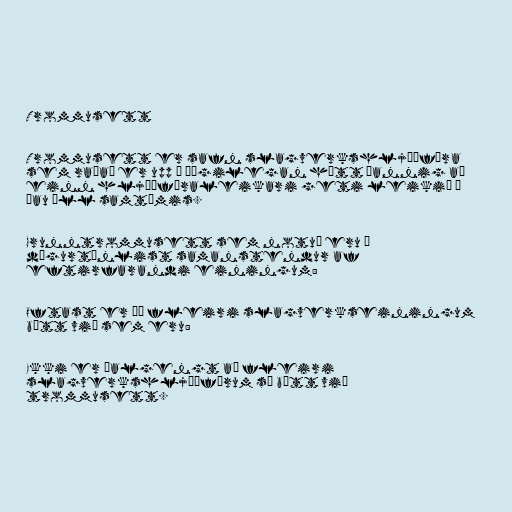
Trommusett

Trommusett er safn slagverkshljóðfæra
sem raðað er upp á þægilegan hátt þannig að
einn hljóðfæraleikari geti leikið á
þau öll samtímis.

Grunntrommusett sem notuð eru í
dægurtónlist samanstendur af
eftirfarandi einingum:

Oftast er þó fleiri slagverkseiningum
bætt við sem eru:

Ekki er óalgengt að fleiri
slagverkshljóðfærum sé bætt við
trommusett.